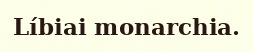
Líbiai monarchia.